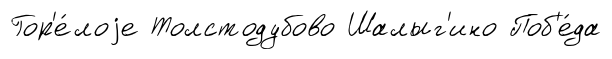
Гор'е́лоjе Толстодубово Шалыг'ино Поб'е́да